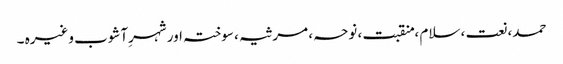
حمد، نعت ، سلام ، منقبت ، نوحہ ، مرثیہ ، سوختہ اور شہرِآشوب وغیرہ ۔